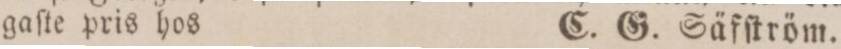
gaſte pris hos    C. G. Säfſtröm.